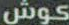
كوش